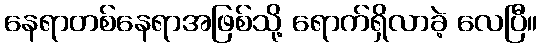
နေရာတစ်နေရာအဖြစ်သို့ ရောက်ရှိလာခဲ့ လေပြီ။